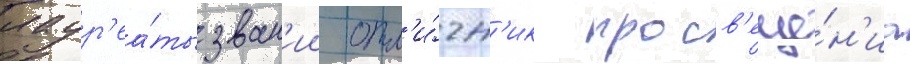
лаур'еа́ты зван'ии отл'и́чн'ик просв'еще́н'иа